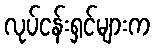
လုပ်ငန်းရှင်များက